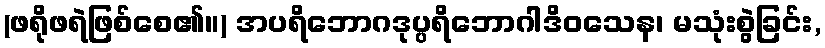
(ဖရိုဖရဲဖြစ်စေ၏။) အပရိဘောဂဒုပ္ပရိဘောဂါဒိဝသေန၊ မသုံးစွဲခြင်း,